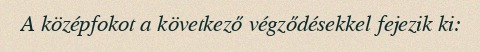
A középfokot a következő végződésekkel fejezik ki: